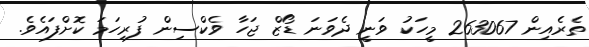
ތެރެއިން 263067 މީހަކު ވަނީ ދެވަނަ ޑޯޒް ޖަހާ ވެކްސިން ފުރިހަމަ ކޮށްފައެވެ.